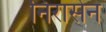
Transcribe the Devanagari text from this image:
निरासेन